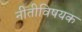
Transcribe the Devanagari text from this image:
नीतीविषयक